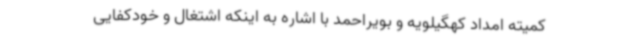
کمیته امداد کهگیلویه و بویراحمد با اشاره به اینکه اشتغال و خودکفایی